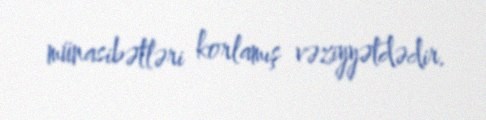
münasibətləri korlamış vəziyyətdədir.